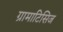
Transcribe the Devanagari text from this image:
ग्रामाटिसिज